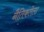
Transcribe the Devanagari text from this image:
नैतिकतेला